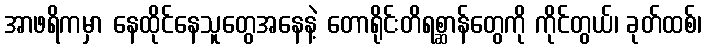
အာဖရိကမှာ နေထိုင်နေသူတွေအနေနဲ့ တောရိုင်းတိရစ္ဆာန်တွေကို ကိုင်တွယ်၊ ခုတ်ထစ်၊